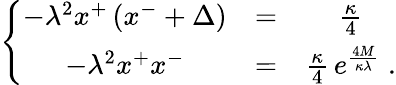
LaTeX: \left\{ \begin{array}{ccc}{{-\lambda^{2}x^{+}\left(x^{-}+\Delta\right)}}&{{=}}&{{{\frac{\kappa}{4}}}}\\ {{-\lambda^{2}x^{+}x^{-}}}&{{=}}&{{{\frac{\kappa}{4}}\, e^{\frac{4M}{\kappa\lambda}}\; .}}\end{array}\right.